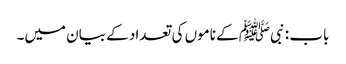
باب : نبیﷺ کے ناموں کی تعداد کے بیان میں۔